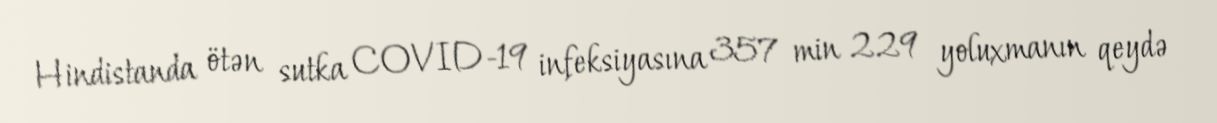
Hindistanda ötən sutka COVID-19 infeksiyasına 357 min 229 yoluxmanın qeydə